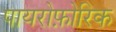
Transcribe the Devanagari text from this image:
पायरोफ़ोरिक